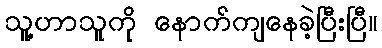
သူ့ဟာသူကို နောက်ကျနေခဲ့ပြီးပြီ။